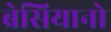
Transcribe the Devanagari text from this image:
ब्रेसियानो